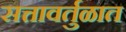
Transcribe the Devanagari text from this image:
सत्तावर्तुळात